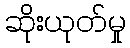
ဆိုးယုတ်မှု